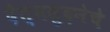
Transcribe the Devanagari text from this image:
दैत्यसुदनेचे